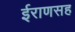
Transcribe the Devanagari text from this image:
ईराणसह